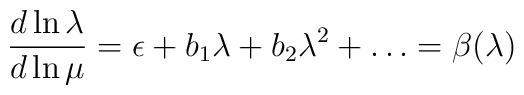
\frac{d\ln \lambda}{d\ln \mu}=\epsilon +b_1\lambda+b_2\lambda^2+\dots=\beta(\lambda)